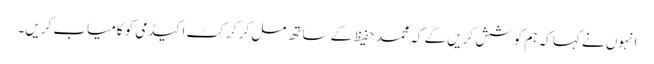
انہوں نے کہا کہ ہم کوشش کریں گے کہ محمد حفیظ کے ساتھ مل کر کرکٹ اکیڈمی کو کامیاب کریں۔